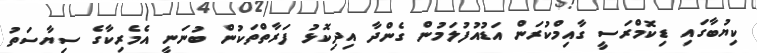
ކިޔުބާގައި ޑިކޮމްރަސީ ގާއިމްކުރަން އަޑުއުފުލަމުން ގެންދާ އިދިކޮޅު ފަރާތްތަކުން ބުނަނީ އެމެރިކާގެ ސިޔާސަތު